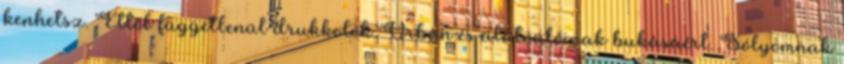
kenhetsz. Ettől függetlenül drukkolok Orbán és alatvalóinak bukásáért. Sólyomnak